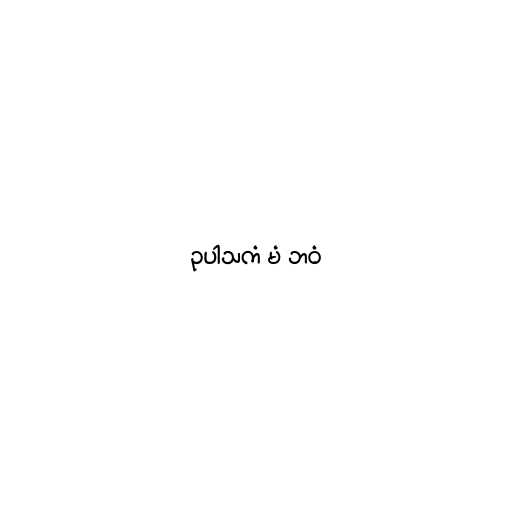
ဥပါသကံ မံ ဘဝံ